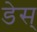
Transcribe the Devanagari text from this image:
डेस्